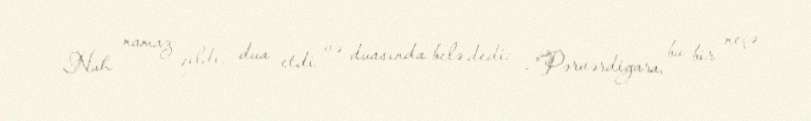
Nuh namaz qıldı, dua etdi və duasında belə dedi: -"Pərvərdigara, bu bir neçə